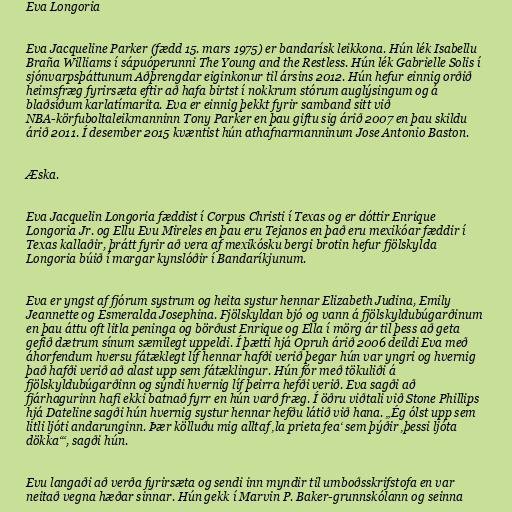
Eva Longoria

Eva Jacqueline Parker (fædd 15. mars 1975) er bandarísk leikkona. Hún lék Isabellu
Braña Williams í sápuóperunni The Young and the Restless. Hún lék Gabrielle Solis í
sjónvarpsþáttunum Aðþrengdar eiginkonur til ársins 2012. Hún hefur einnig orðið
heimsfræg fyrirsæta eftir að hafa birtst í nokkrum stórum auglýsingum og á
blaðsíðum karlatímarita. Eva er einnig þekkt fyrir samband sitt við
NBA-körfuboltaleikmanninn Tony Parker en þau giftu sig árið 2007 en þau skildu
árið 2011. Í desember 2015 kvæntist hún athafnarmanninum Jose Antonio Baston.

Æska.

Eva Jacquelin Longoria fæddist í Corpus Christi í Texas og er dóttir Enrique
Longoria Jr. og Ellu Evu Mireles en þau eru Tejanos en það eru mexikóar fæddir í
Texas kallaðir, þrátt fyrir að vera af mexikósku bergi brotin hefur fjölskylda
Longoria búið í margar kynslóðir í Bandaríkjunum.

Eva er yngst af fjórum systrum og heita systur hennar Elizabeth Judina, Emily
Jeannette og Esmeralda Josephina. Fjölskyldan bjó og vann á fjölskyldubúgarðinum
en þau áttu oft litla peninga og börðust Enrique og Ella í mörg ár til þess að geta
gefið dætrum sínum sæmilegt uppeldi. Í þætti hjá Opruh árið 2006 deildi Eva með
áhorfendum hversu fátæklegt líf hennar hafði verið þegar hún var yngri og hvernig
það hafði verið að alast upp sem fátæklingur. Hún fór með tökuliði á
fjölskyldubúgarðinn og sýndi hvernig líf þeirra hefði verið. Eva sagði að
fjárhagurinn hafi ekki batnað fyrr en hún varð fræg. Í öðru viðtali við Stone Phillips
hjá Dateline sagði hún hvernig systur hennar hefðu látið við hana. „Ég ólst upp sem
litli ljóti andarunginn. Þær kölluðu mig alltaf ‚la prieta fea‘ sem þýðir ‚þessi ljóta
dökka‘“, sagði hún.

Evu langaði að verða fyrirsæta og sendi inn myndir til umboðsskrifstofa en var
neitað vegna hæðar sinnar. Hún gekk í Marvin P. Baker-grunnskólann og seinna